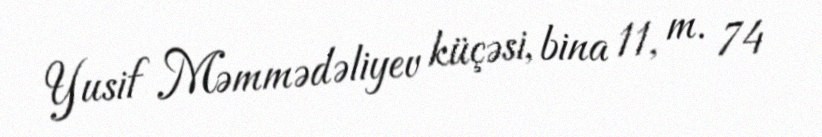
Yusif Məmmədəliyev küçəsi, bina 11, m. 74